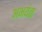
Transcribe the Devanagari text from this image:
अभयंता